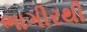
ભાગીરથી